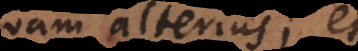
quam alterius; et,